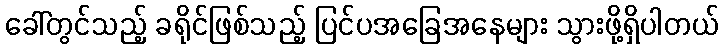
ခေါ်တွင်သည့် ခရိုင်ဖြစ်သည့် ပြင်ပအခြေအနေများ သွားဖို့ရှိပါတယ်